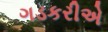
ગડકરીએ